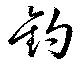
釣